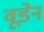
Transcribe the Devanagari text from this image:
वूडेन